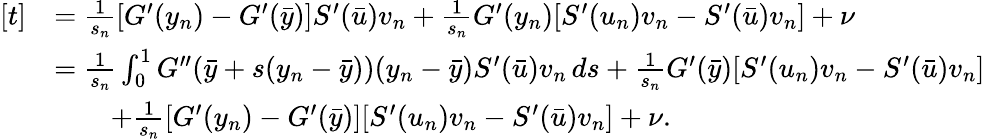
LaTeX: \begin{array}{rl}{[t]}&{=\frac{1}{s_{n}}[G^{\prime}(y_{n})-G^{\prime}(\bar{y})]S^{\prime}(\bar{u})v_{n}+\frac{1}{s_{n}}G^{\prime}(y_{n})[S^{\prime}(u_{n})v_{n}-S^{\prime}(\bar{u})v_{n}]+\nu}\\ &{=\frac{1}{s_{n}}\int_{0}^{1}G^{\prime\prime}(\bar{y}+s(y_{n}-\bar{y}))(y_{n}-\bar{y})S^{\prime}(\bar{u})v_{n}\, ds+\frac{1}{s_{n}}G^{\prime}(\bar{y})[S^{\prime}(u_{n})v_{n}-S^{\prime}(\bar{u})v_{n}]}\\ &{\qquad+\frac{1}{s_{n}}[G^{\prime}(y_{n})-G^{\prime}(\bar{y})][S^{\prime}(u_{n})v_{n}-S^{\prime}(\bar{u})v_{n}]+\nu.}\end{array}